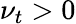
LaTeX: \nu_{t}>0